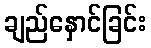
ချည်နှောင်ခြင်း